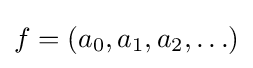
f=(a_{0},a_{1},a_{2},\ldots )